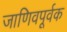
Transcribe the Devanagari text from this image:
जाणिवपूर्वक